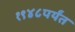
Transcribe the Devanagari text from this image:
१९४८पर्यंत